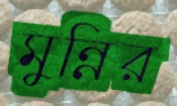
মুন্নির